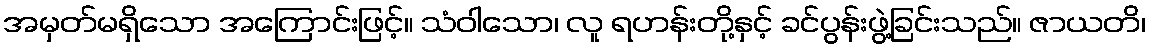
အမှတ်မရှိသော အကြောင်းဖြင့်။ သံဝါသော၊ လူ ရဟန်းတို့နှင့် ခင်ပွန်းဖွဲ့ခြင်းသည်။ ဇာယတိ၊